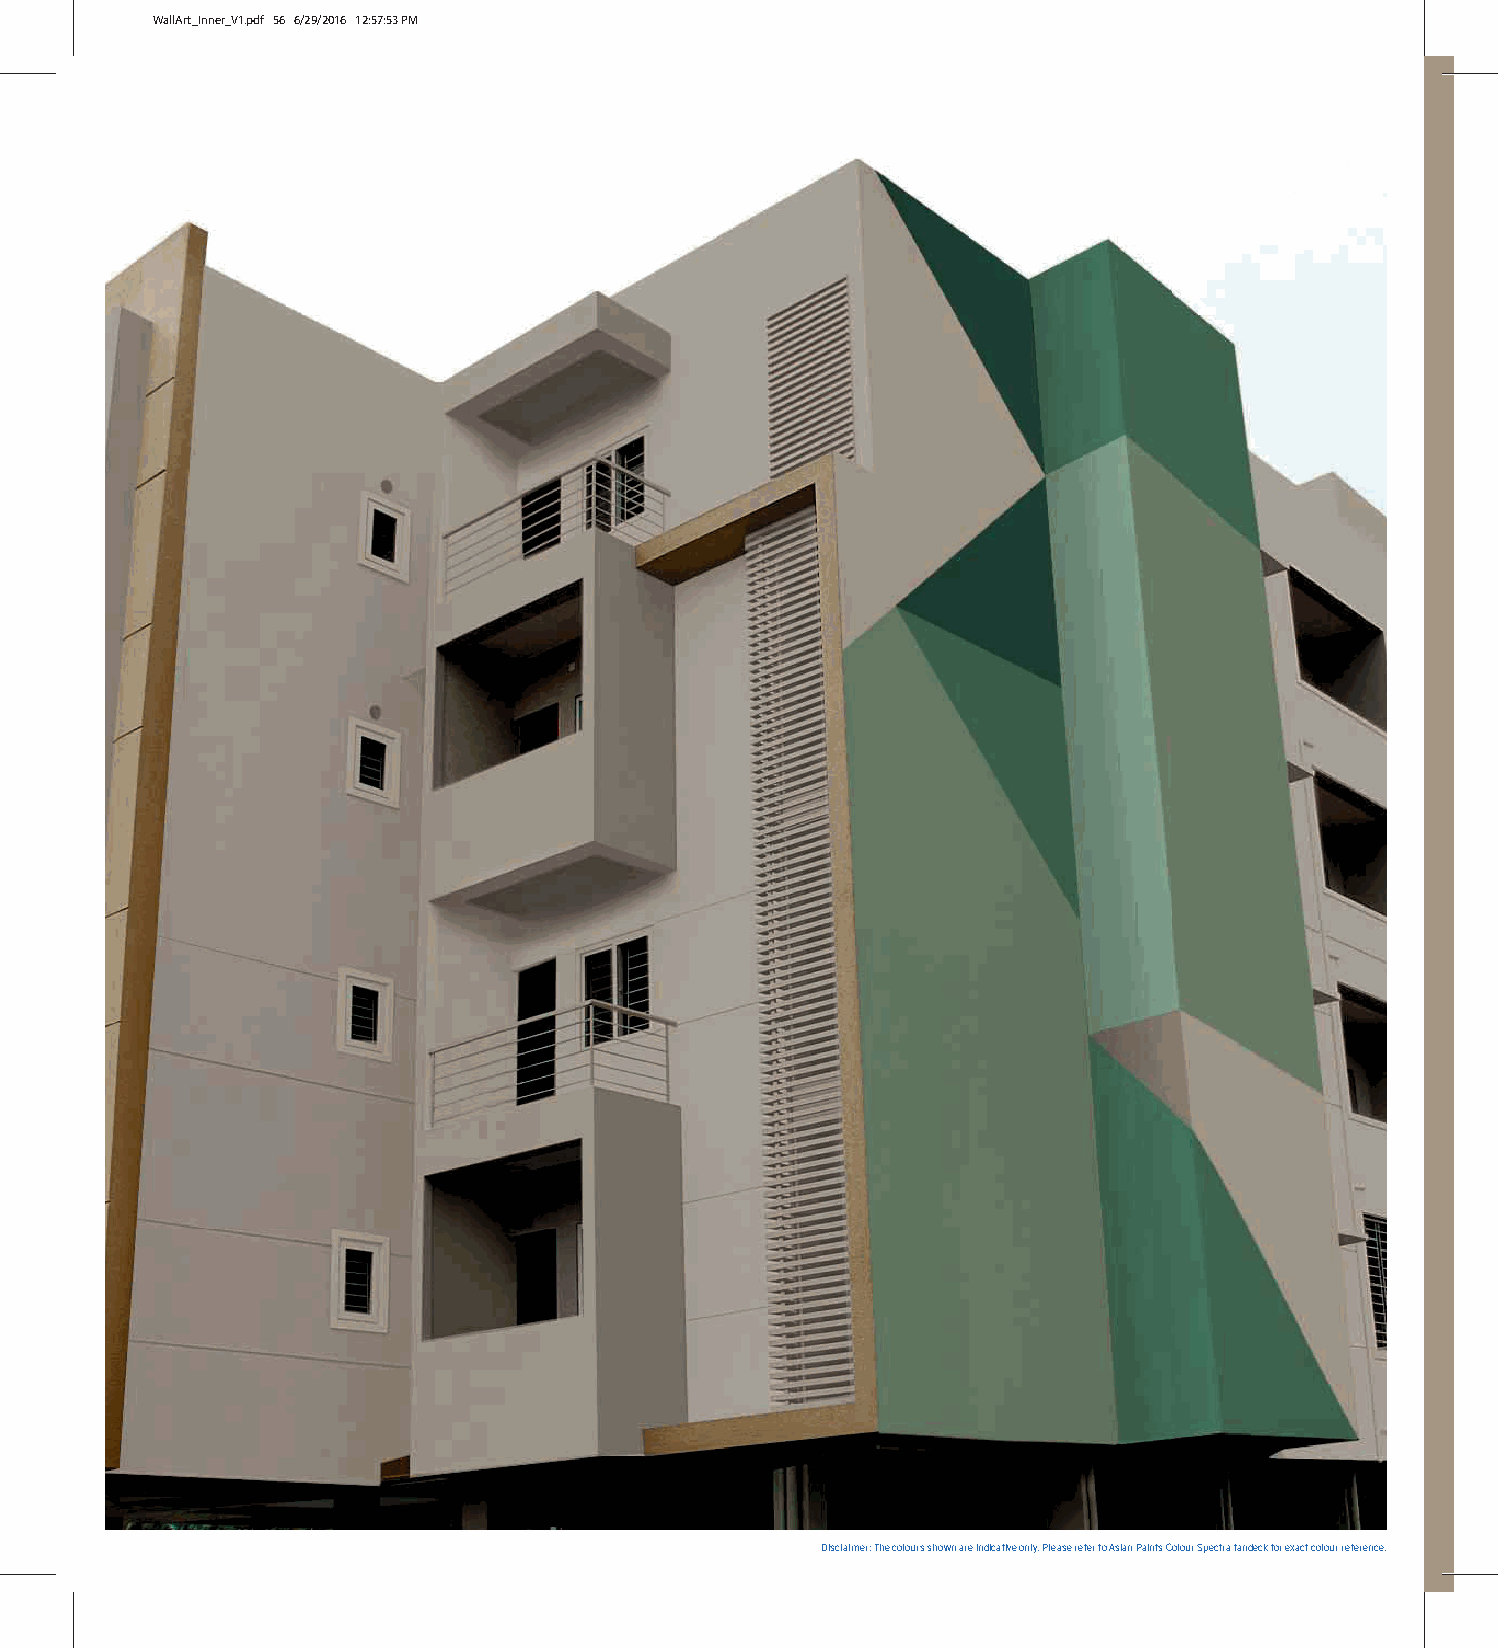
WallArt_Inner_V1.pdf 56 6/29/2016 12:57:53 PM
 Disclaimer: The colours shown are indicative only. Please refer to Asian Paints Colour Spectra fandeck for exact colour reference.